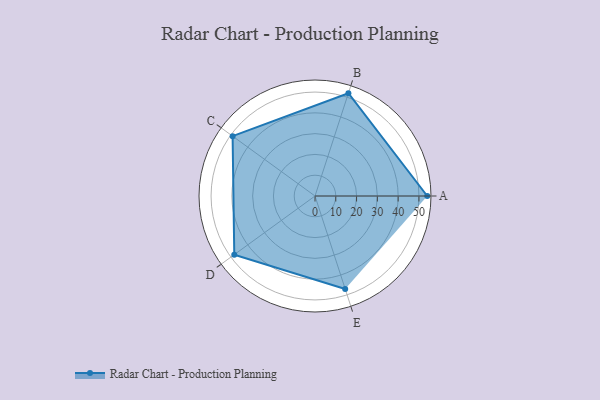
{"axis": {"x": "Skill", "y": "Score"}, "legend": ["Profile"], "data": [{"x": "A", "y": 54.0, "type": "Profile"}, {"x": "B", "y": 52.0, "type": "Profile"}, {"x": "C", "y": 49.0, "type": "Profile"}, {"x": "D", "y": 48.0, "type": "Profile"}, {"x": "E", "y": 47.0, "type": "Profile"}]}